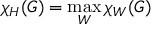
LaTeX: \chi _ { H } ( G ) = \operatorname* { m a x } _ { W } \chi _ { W } ( G )